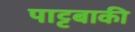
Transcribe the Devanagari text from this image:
पाट्टबाकी